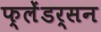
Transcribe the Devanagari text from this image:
फ्लेंडर्सन